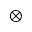
\otimes